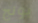
بونج